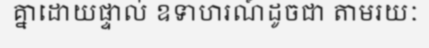
គ្នាដោយផ្ទាល់ ឧទាហរណ៍ដូចជា តាមរយៈ